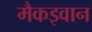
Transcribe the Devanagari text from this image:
मैकइवान